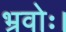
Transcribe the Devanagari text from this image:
भ्रवोः।